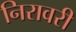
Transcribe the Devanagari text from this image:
निरावरी